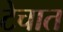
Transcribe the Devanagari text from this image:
टेचात